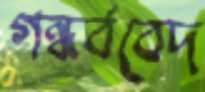
গন্ধর্ববেদ